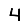
Digit: 4